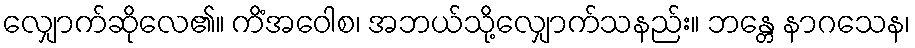
လျှောက်ဆိုလေ၏။ ကိံအဝေါစ၊ အဘယ်သို့လျှောက်သနည်း။ ဘန္တေ နာဂသေန၊